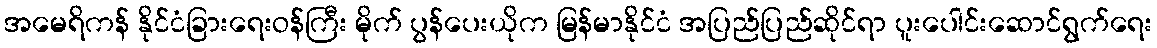
အမေရိကန် နိုင်ငံခြားရေးဝန်ကြီး မိုက် ပွန်ပေးယိုက မြန်မာနိုင်ငံ အပြည်ပြည်ဆိုင်ရာ ပူးပေါင်းဆောင်ရွက်ရေး